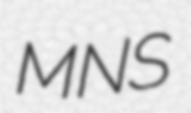
MNS